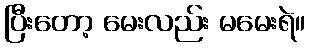
ပြီးတော့ မေးလည်း မမေးရဲ။